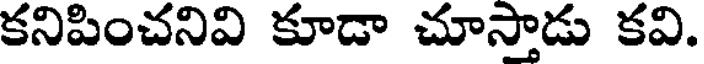
కనిపించనివి కూడా చూస్తాడు కవి.